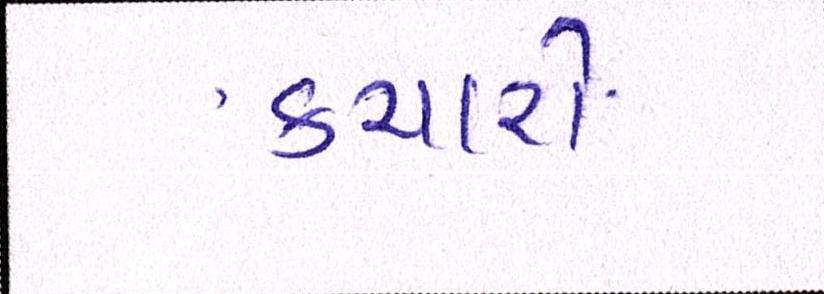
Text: કચારો